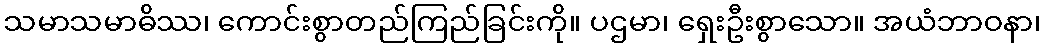
သမာသမာဓိဿ၊ ကောင်းစွာတည်ကြည်ခြင်းကို။ ပဌမာ၊ ရှေးဦးစွာသော။ အယံဘာဝနာ၊